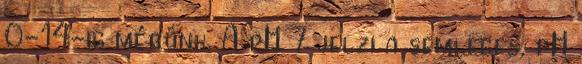
0-14-ig mérünk. A pH 7 jelzi a semleges, pH